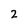
Character: 2